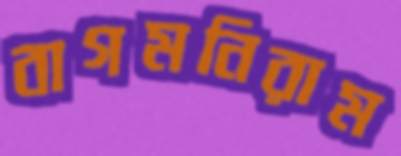
বাগমনিরাম